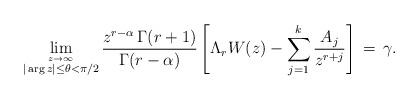
LaTeX: \begin{align*} \lim_{\stackrel{z \to \infty}{|\arg z| \le \theta < \pi/2}} \frac{z^{r-\alpha}\, \Gamma(r+1)}{\Gamma(r-\alpha)} \left[ \Lambda_r W(z) - \sum_{j=1}^k \frac{A_j}{z^{r+j}} \right] \, = \, \gamma. \end{align*}